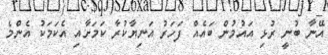
އޭނާ ބުނީ ރުޅި އައުމުން ބައެއް ފަހަރު އަނިޔާކުރާ ކަމަށާއި އެކަމަކު އެންމެ